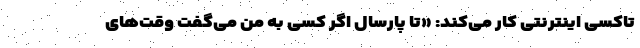
تاکسی اینترنتی کار می‌کند: «تا پارسال اگر کسی به من می‌گفت وقت‌های